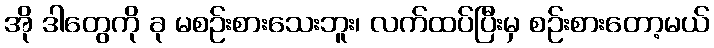
အို ဒါတွေကို ခု မစဉ်းစားသေးဘူး၊ လက်ထပ်ပြီးမှ စဉ်းစားတော့မယ်